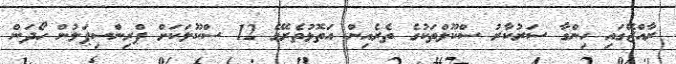
ރާއްޖޭގައި ހިންގާ ސަރުކާރު ސްކޫލްތަކުގެ ތެރެއިން އަތޮޅުތެރޭގެ 12 ސްކޫލަކަށް ޕްރިންސިޕަލުން ހޯދަން